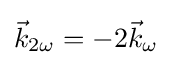
{\vec {k}}_{2\omega }=-2{\vec {k}}_{\omega }